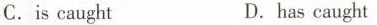
C. is caught D. has caught